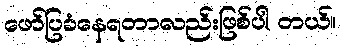
ဖော်ပြခံနေရတာလည်းဖြစ်ပါ တယ်။